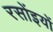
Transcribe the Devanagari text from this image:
रसोंइयों